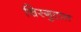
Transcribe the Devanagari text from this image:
चिरगुटात